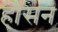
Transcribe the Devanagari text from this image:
होंसन